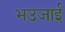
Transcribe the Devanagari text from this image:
भउजाई